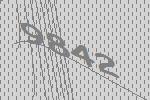
9842